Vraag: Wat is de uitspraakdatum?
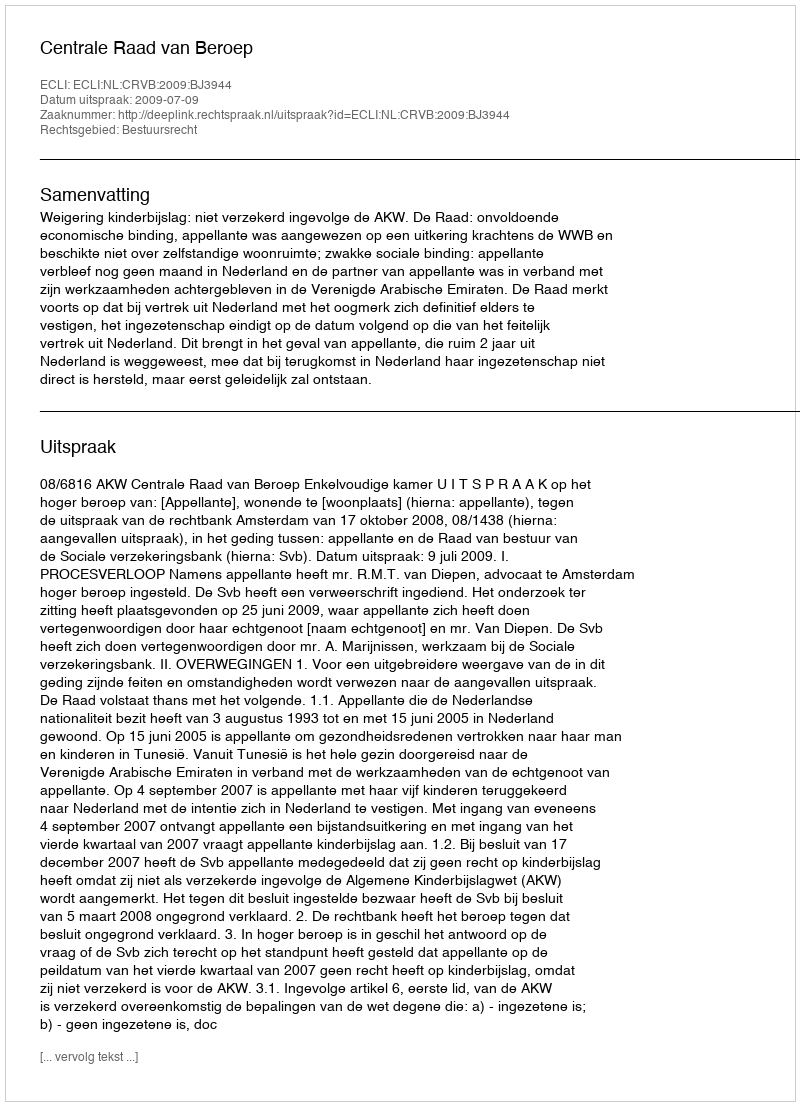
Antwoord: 2009-07-09